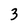
Character: 3